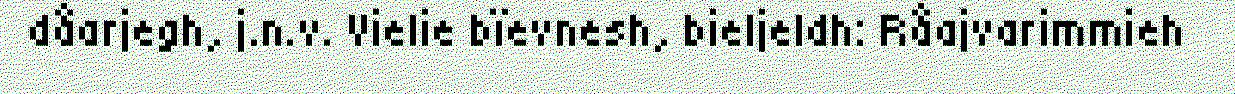
dåarjegh, j.n.v. Vielie bïevnesh, bieljeldh: Råajvarimmieh